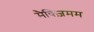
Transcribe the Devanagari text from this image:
मैक्ज़िमम